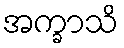
အက္ခာသိ